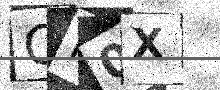
Text: CM0X